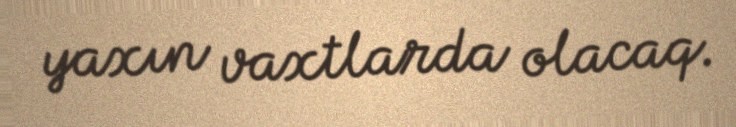
yaxın vaxtlarda olacaq.